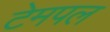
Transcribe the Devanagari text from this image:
टेमपल